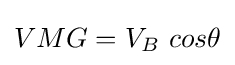
VMG=V_{B}\ cos\theta